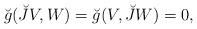
LaTeX: \begin{align*}\breve{g}(\breve{J}V,W)=\breve{g}(V,\breve{J}W)=0, \end{align*}